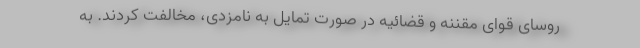
روسای قوای مقننه و قضائیه در صورت تمایل به نامزدی، مخالفت کردند. به